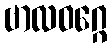
ဗာလဝဂ္ဂေ